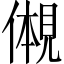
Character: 𫌠